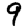
Digit: 9